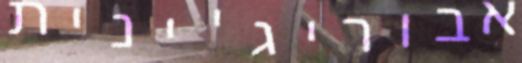
אבוריג'ינית